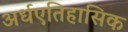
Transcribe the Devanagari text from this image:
अर्धएतिहासिक